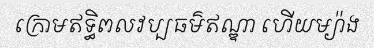
ក្រោមឥទ្ធិពលវប្បធម៌ឥណ្ឌា ហើយម្យ៉ាង